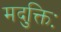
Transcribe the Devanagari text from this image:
मदुक्तिः